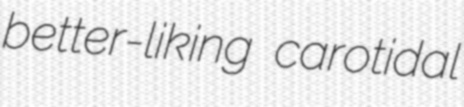
better-liking carotidal